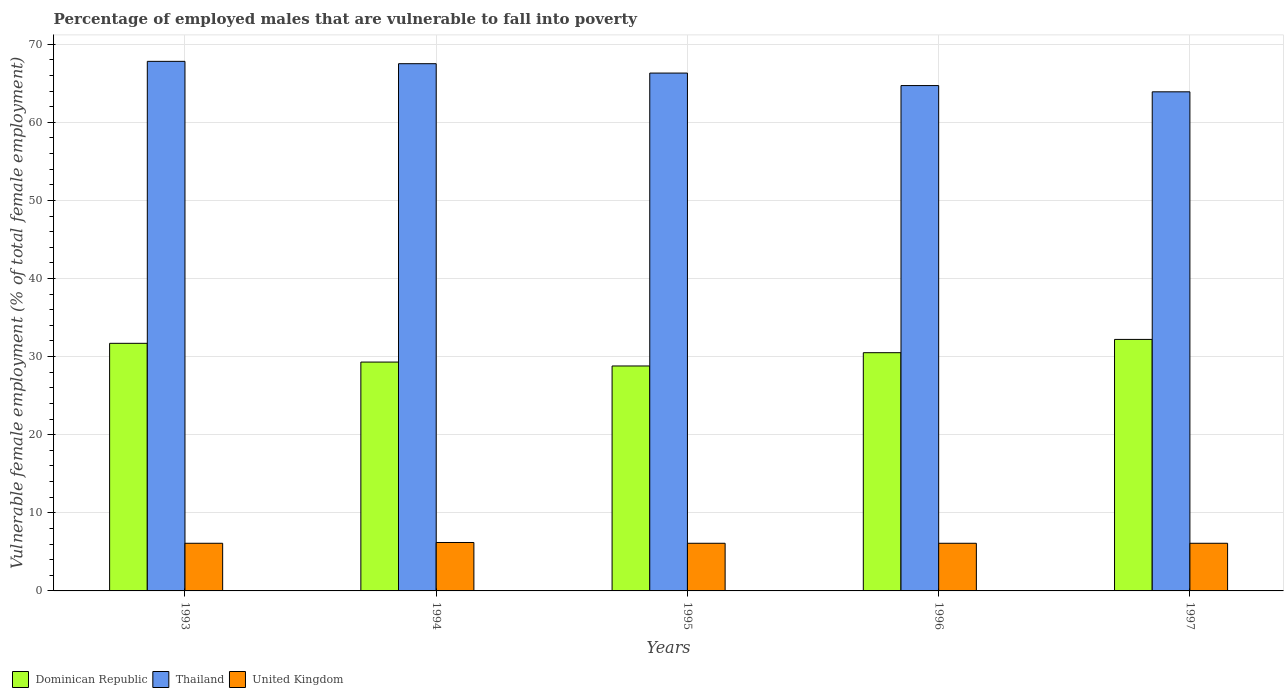
| Years | Dominican Republic | Thailand | United Kingdom |
 | --- | --- | --- | --- |
 | 1993 | 31.7 | 67.8 | 6.1 |
 | 1994 | 29.3 | 67.5 | 6.2 |
 | 1995 | 28.8 | 66.3 | 6.1 |
 | 1996 | 30.5 | 64.7 | 6.1 |
 | 1997 | 32.2 | 63.9 | 6.1 |